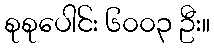
စုစုပေါင်း ၆၀၀၃ ဦး။